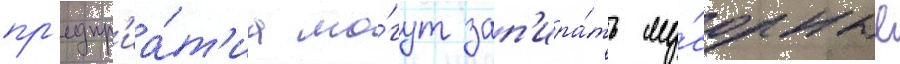
пр'едпр'иа́т'иа мо́гут зап'ира́ть му́сорные